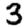
Digit: 3